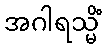
အဂါရသ္မိံ